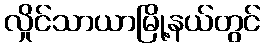
လှိုင်သာယာမြို့နယ်တွင်